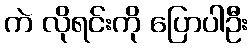
ကဲ လိုရင်းကို ပြောပါဦး